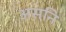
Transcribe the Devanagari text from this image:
असनि